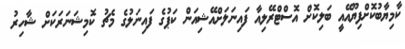
ކާމިޔާބުކޮށްފިޔޫއޭއީ ބަލިކޮށް އޮސްޓްރޭލިއާ ފައިނަލަށްއޭޝިއަން ކަޕުގެ ފައިނަލުގެ މެޗު ކޮމިޝަނަރަކަށް ޝާހިރު